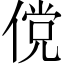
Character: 傥